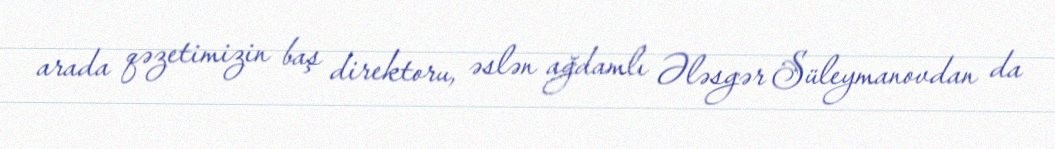
arada qəzetimizin baş direktoru, əslən ağdamlı Ələsgər Süleymanovdan da